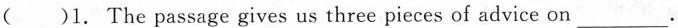
( )1. The passage gives us three pieces of advice on ___.